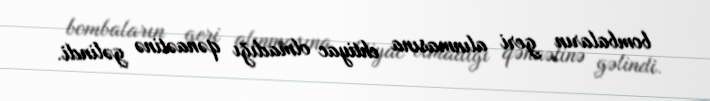
bombaların geri alınmasına ehtiyac olmadığı qənaətinə gəlindi.